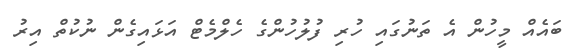
ބައެއް މީހުން އެ ތަނުގައި ހުރި ފުލުހުންގެ ހެލްމެޓް އަޅައިގެން ނުކުތް އިރު